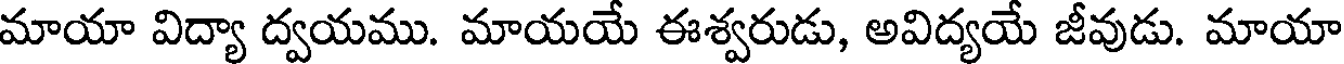
మాయా విద్యా ద్వయము. మాయయే ఈశ్వరుడు, అవిద్యయే జీవుడు. మాయా